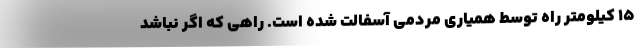
۱۵ کیلومتر راه توسط همیاری مردمی آسفالت شده است. راهی که اگر نباشد